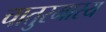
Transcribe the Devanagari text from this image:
चातुरमास्य